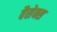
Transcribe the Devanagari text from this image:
वैसेक्स